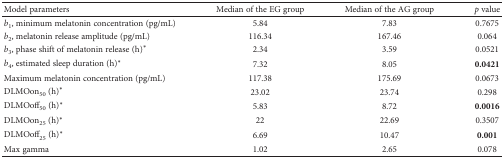
| Model parameters | Median of the EG group | Median of the AG group | p value |
 | --- | --- | --- | --- |
 | b1, minimum melatonin concentration (pg/mL) | 5.84 | 7.83 | 0.7675 |
 | b2, melatonin release amplitude (pg/mL) | 116.34 | 167.46 | 0.064 |
 | b3, phase shift of melatonin release (h)∗ | 2.34 | 3.59 | 0.0521 |
 | b4, estimated sleep duration (h)∗ | 7.32 | 8.05 | 0.0421 |
 | Maximum melatonin concentration (pg/mL) | 117.38 | 175.69 | 0.0673 |
 | DLMOon50 (h)∗ | 23.02 | 23.74 | 0.298 |
 | DLMOoff50 (h)∗ | 5.83 | 8.72 | 0.0016 |
 | DLMOon25 (h)∗ | 22 | 22.69 | 0.3507 |
 | DLMOoff25 (h)∗ | 6.69 | 10.47 | 0.001 |
 | Max gamma | 1.02 | 2.65 | 0.078 |